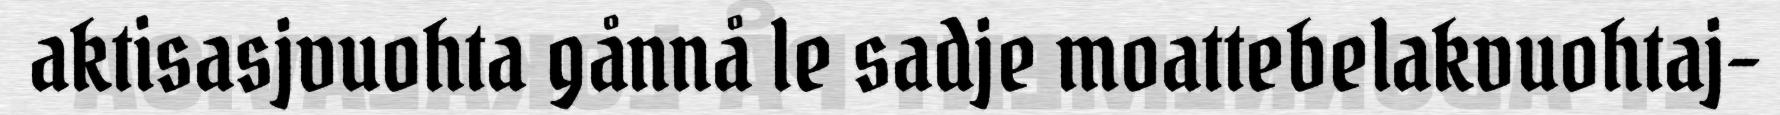
aktisasjvuohta gånnå le sadje moattebelakvuohtaj-